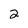
Character: 2